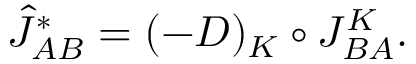
{ \hat { J } } _ { A B } ^ { \ast } = ( - D ) _ { K } \circ J _ { B A } ^ { K } .